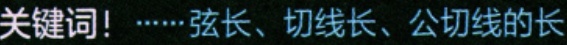
关键词！……弦长、切线长、公切线的长